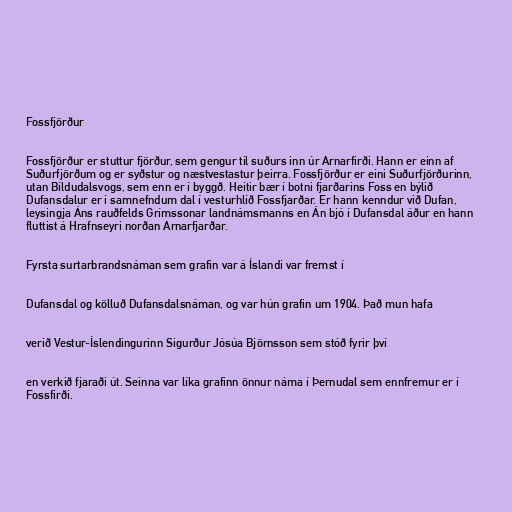
Fossfjörður

Fossfjörður er stuttur fjörður, sem gengur til suðurs inn úr Arnarfirði. Hann er einn af
Suðurfjörðum og er syðstur og næstvestastur þeirra. Fossfjörður er eini Suðurfjörðurinn,
utan Bíldudalsvogs, sem enn er í byggð. Heitir bær í botni fjarðarins Foss en býlið
Dufansdalur er í samnefndum dal í vesturhlíð Fossfjarðar. Er hann kenndur við Dufan,
leysingja Áns rauðfelds Grímssonar landnámsmanns en Án bjó í Dufansdal áður en hann
fluttist á Hrafnseyri norðan Arnarfjarðar.

Fyrsta surtarbrandsnáman sem grafin var á Íslandi var fremst í

Dufansdal og kölluð Dufansdalsnáman, og var hún grafin um 1904. Það mun hafa

verið Vestur-Íslendingurinn Sigurður Jósúa Björnsson sem stóð fyrir því

en verkið fjaraði út. Seinna var líka grafinn önnur náma í Þernudal sem ennfremur er í
Fossfirði.